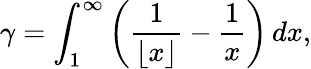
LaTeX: \gamma=\int_{1}^{\infty}\left({\frac{1}{\lfloor x\rfloor}}-{\frac{1}{x}}\right)\, dx,